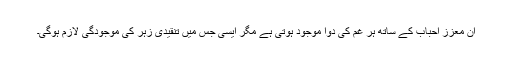
اِن معزز احباب کے ساتھ ہر غم کی دوا موجود ہوتی ہے مگر ایسی جس میں تنقیدی زہر کی موجودگی لازم ہوگی۔